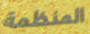
المنظمة